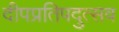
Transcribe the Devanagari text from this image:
दीपप्रतिपदुत्सव